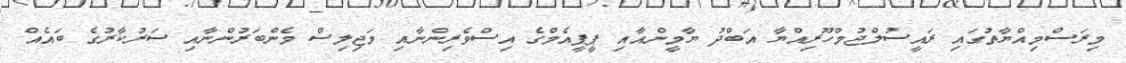
މިރަސްމިއްޔާތުގައި ރައީސުލްޖުމްހޫރިއްޔާ އަބްދު ޔާމީންއާއި ޕީޕީއެމްގެ އިސްވެރިންނާއި މަޖިލިސް މެންބަރުންނާއި ސަރުކާރުގެ ބައެއް